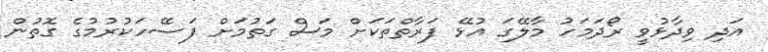
އަދި ވިދާޅުވީ ރޯދަމަހު މާލޭގަ އުޅޭ ފަރާތްތަކަށް މަސް ގަތުމަށް ފަސޭހަކުރުމުގެ ގޮތުން